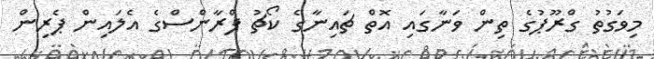
މިވަގުތު ގްރޫޕުގެ ތިން ވަނާގައި އޮތް ޗައިނާގެ ކޯޗު ފްރާންސްގެ އެލައިން ޕެރިން